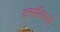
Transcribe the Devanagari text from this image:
दत्तमंदिराची